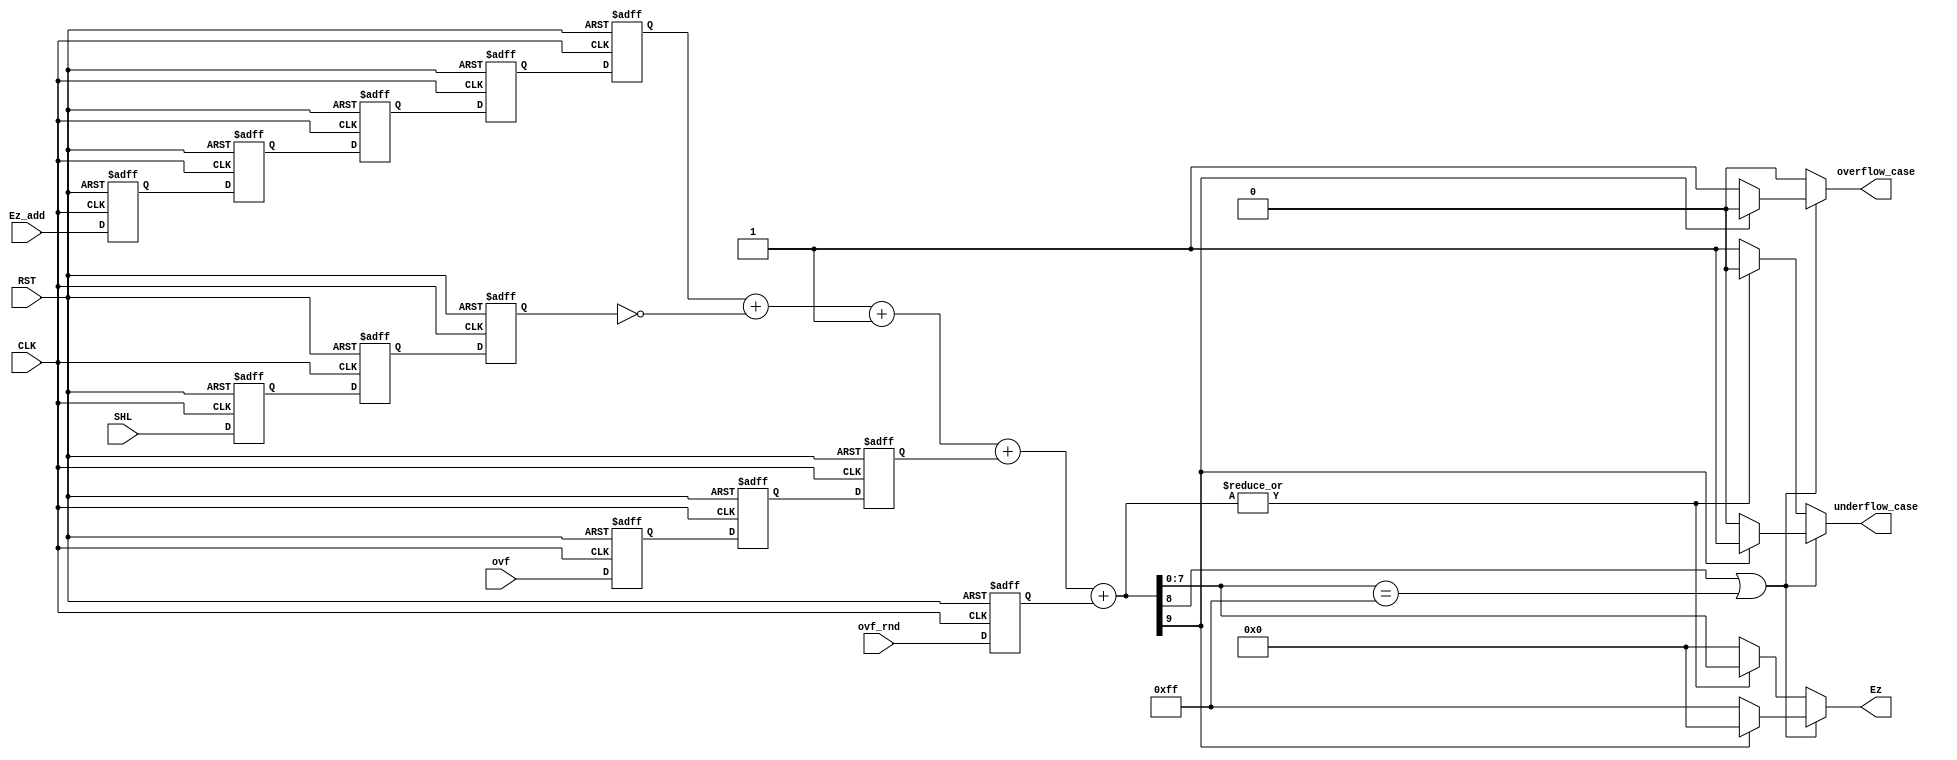
module Exponent_Update
(
	input 	 wire 					CLK,RST, 

    input 	 wire	 [9:0] 			Ez_add, 
    input	 wire  					ovf,ovf_rnd,
	input	 wire	 [4:0]			SHL , // LZA output (shift requred for massive shifter)
    output 	 reg 	 [7:0] 			Ez,
	output 	 reg 					underflow_case , overflow_case 
    );
	
	reg		 [9:0] 		internal  ; 
	reg 				determine_flag ; 
	
	
/////flip_flops

reg					ovf_rnd_f ,
					ovf_f1, ovf_f2, ovf_f3;	
	
reg	 	[4:0]		SHL_f1, SHL_f2, SHL_f3;	

reg     [9:0] 			Ez_add_f1, Ez_add_f2, Ez_add_f3, Ez_add_f4, Ez_add_f5 ;
	
always@(*) 
  begin
	 
	internal= Ez_add_f5 +~ SHL_f3 + 1'b1 + ovf_f3 + ovf_rnd_f; 
				
    
	
	if (internal[8] || internal[7:0]==8'b11111111)
		begin
			if (~internal[9]) //overflow
				begin
					underflow_case=1'b0 ;
					overflow_case= 1'b1 ; 
					Ez= 8'b 11111111 ;
		//			mantissaReqiredModify = 8'b00000000 ;
				end
			else  // underflow case
				begin
					underflow_case=1'b1 ;
					overflow_case= 1'b0 ; 
					Ez= 8'b 00000000 ;
		//			mantissaReqiredModify = ~internal + 1'b1 ;
				end
		end
	else if(~(|internal))
		begin
					underflow_case=1'b1 ;
					overflow_case= 1'b0 ; 
					Ez= 8'b 00000000 ;
		end
	
	else
		begin
		underflow_case=1'b0 ;
		overflow_case= 1'b0 ; 
//		mantissaReqiredModify=8'b00000000;
		Ez=internal[7:0] ;
		end 
  end
   
   always @ (posedge CLK or negedge RST )
	begin
	if (!RST) 
		begin
////////inputs RST
			ovf_rnd_f		<= 0 ;
			
			ovf_f1			<= 0 ;
			ovf_f2			<= 0 ;
			ovf_f3			<= 0 ;
			
			SHL_f1			<= 0 ;
			SHL_f2			<= 0 ;
			SHL_f3			<= 0 ;

			Ez_add_f1			<= 0  ;
			Ez_add_f2			<= 0  ;
			Ez_add_f3			<= 0  ;
			Ez_add_f4			<= 0  ;
			Ez_add_f5			<= 0  ;
		end
		
	else
		begin
////////inputs Reg
			ovf_rnd_f		<= ovf_rnd ;
			
			ovf_f1			<= ovf 	  ;
			ovf_f2			<= ovf_f1 ;
			ovf_f3			<= ovf_f2 ;
			
			SHL_f1			<= SHL 	  ;
			SHL_f2			<= SHL_f1 ;
			SHL_f3			<= SHL_f2 ;
			
			Ez_add_f1			<= Ez_add 	  ;
			Ez_add_f2			<= Ez_add_f1  ;
			Ez_add_f3			<= Ez_add_f2  ;
			Ez_add_f4			<= Ez_add_f3  ;
			Ez_add_f5			<= Ez_add_f4  ;
			
			
		end			
	end
   
   
   
   
   
   
endmodule